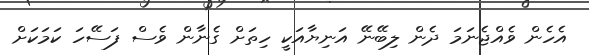
އެހެން ވެއްޖެނަމަ ދެން ލިބޭނޭ އަނިޔާއަކީ ހިތަށް ގެނާން ވެސް ފަސޭހަ ކަމަކަށް